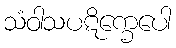
သံဝါသပဋိက္ခေပေါ